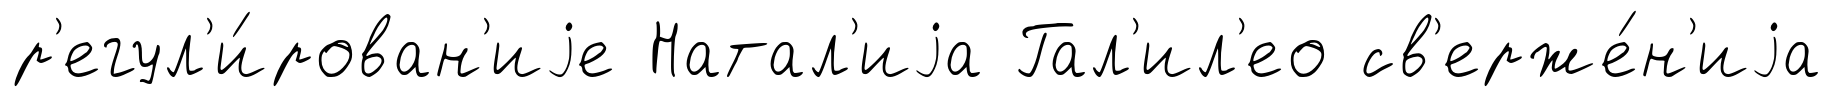
р'егул'и́рован'иjе Натал'иjа Гал'ил'ео св'ерже́н'иjа